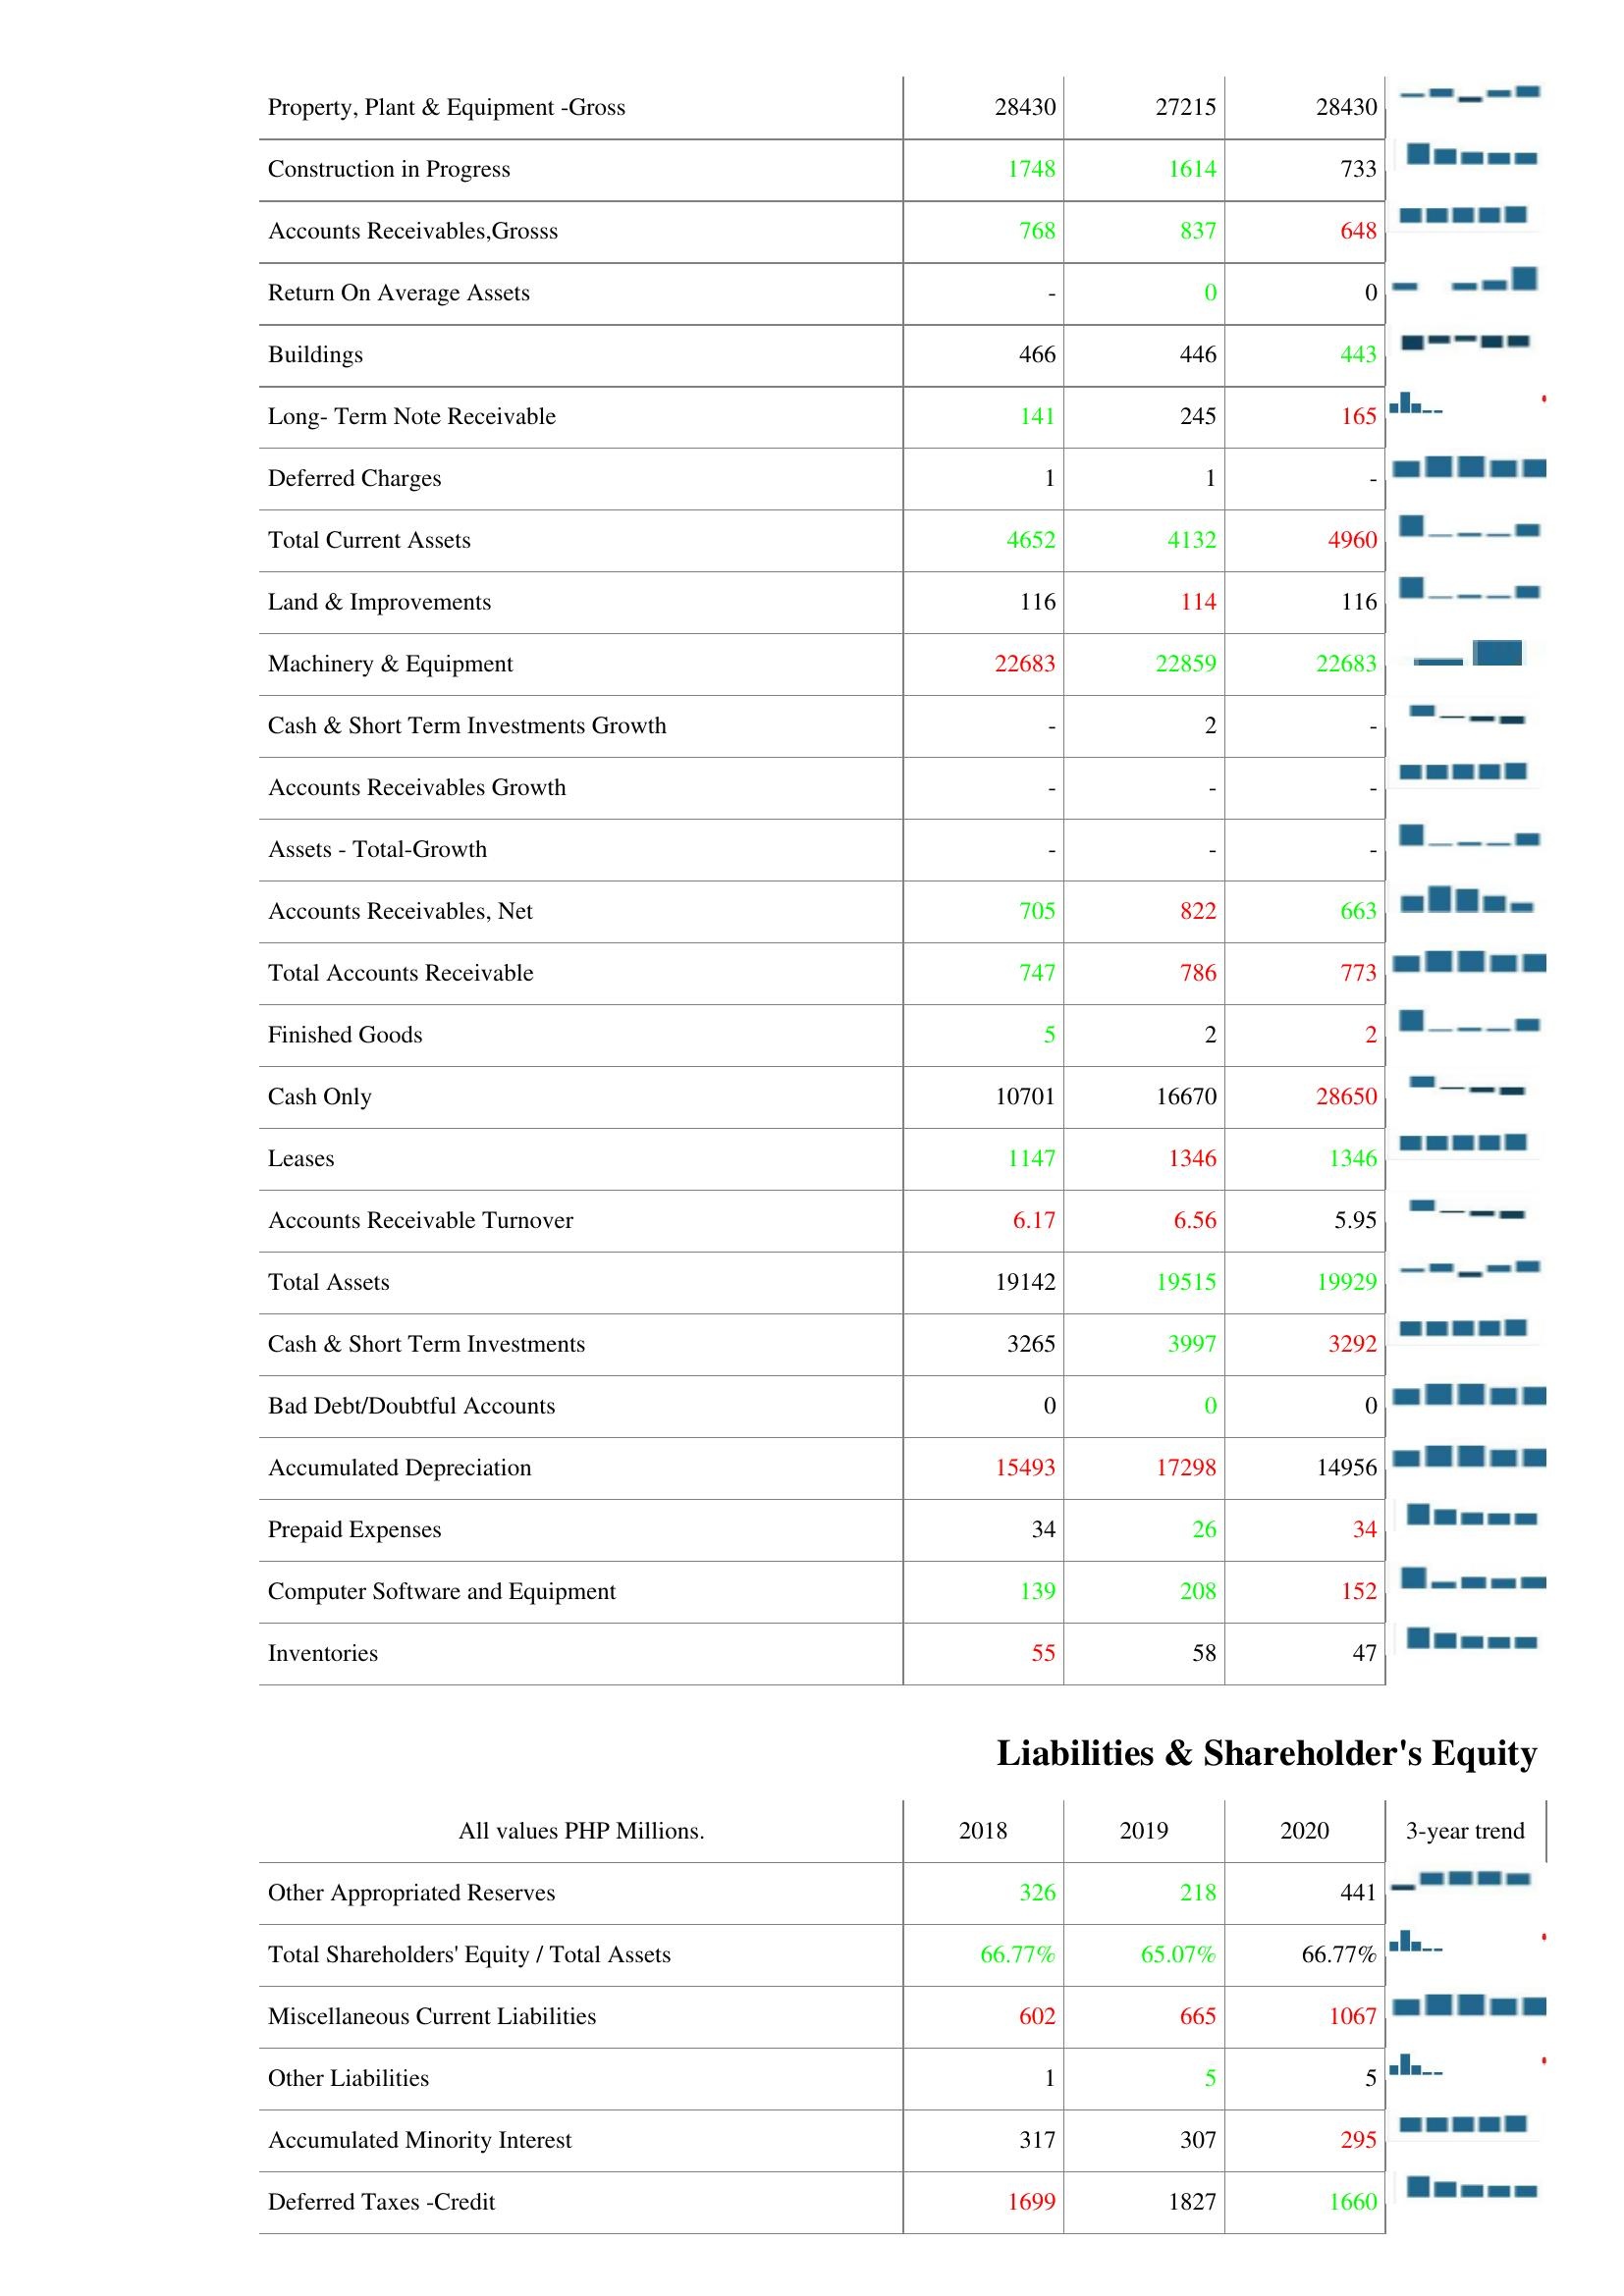
2018: Assets: Property, Plant & Equipment -Gross: 28430
Construction in Progress: 1748
Accounts Receivables,Grosss: 768
Return On Average Assets: -
Buildings: 466
Long- Term Note Receivable: 141
Deferred Charges: 1
Total Current Assets: 4652
Land & Improvements: 116
Machinery & Equipment: 22683
Cash & Short Term Investments Growth: -
Accounts Receivables Growth: -
Assets - Total-Growth: -
Accounts Receivables, Net: 705
Total Accounts Receivable: 747
Finished Goods: 5
Cash Only: 10701
Leases: 1147
Accounts Receivable Turnover: 6.17
Total Assets: 19142
Cash & Short Term Investments: 3265
Bad Debt/Doubtful Accounts: 0
Accumulated Depreciation: 15493
Prepaid Expenses: 34
Computer Software and Equipment: 139
Inventories: 55
Liabilities & Shareholder's Equity: Other Appropriated Reserves: 326
Total Shareholders' Equity / Total Assets: 66.77%
Miscellaneous Current Liabilities: 602
Other Liabilities: 1
Accumulated Minority Interest: 317
Deferred Taxes -Credit: 1699
2019: Assets: Property, Plant & Equipment -Gross: 27215
Construction in Progress: 1614
Accounts Receivables,Grosss: 837
Return On Average Assets: 0
Buildings: 446
Long- Term Note Receivable: 245
Deferred Charges: 1
Total Current Assets: 4132
Land & Improvements: 114
Machinery & Equipment: 22859
Cash & Short Term Investments Growth: 2
Accounts Receivables Growth: -
Assets - Total-Growth: -
Accounts Receivables, Net: 822
Total Accounts Receivable: 786
Finished Goods: 2
Cash Only: 16670
Leases: 1346
Accounts Receivable Turnover: 6.56
Total Assets: 19515
Cash & Short Term Investments: 3997
Bad Debt/Doubtful Accounts: 0
Accumulated Depreciation: 17298
Prepaid Expenses: 26
Computer Software and Equipment: 208
Inventories: 58
Liabilities & Shareholder's Equity: Other Appropriated Reserves: 218
Total Shareholders' Equity / Total Assets: 65.07%
Miscellaneous Current Liabilities: 665
Other Liabilities: 5
Accumulated Minority Interest: 307
Deferred Taxes -Credit: 1827
2020: Assets: Property, Plant & Equipment -Gross: 28430
Construction in Progress: 733
Accounts Receivables,Grosss: 648
Return On Average Assets: 0
Buildings: 443
Long- Term Note Receivable: 165
Deferred Charges: -
Total Current Assets: 4960
Land & Improvements: 116
Machinery & Equipment: 22683
Cash & Short Term Investments Growth: -
Accounts Receivables Growth: -
Assets - Total-Growth: -
Accounts Receivables, Net: 663
Total Accounts Receivable: 773
Finished Goods: 2
Cash Only: 28650
Leases: 1346
Accounts Receivable Turnover: 5.95
Total Assets: 19929
Cash & Short Term Investments: 3292
Bad Debt/Doubtful Accounts: 0
Accumulated Depreciation: 14956
Prepaid Expenses: 34
Computer Software and Equipment: 152
Inventories: 47
Liabilities & Shareholder's Equity: Other Appropriated Reserves: 441
Total Shareholders' Equity / Total Assets: 66.77%
Miscellaneous Current Liabilities: 1067
Other Liabilities: 5
Accumulated Minority Interest: 295
Deferred Taxes -Credit: 1660